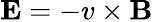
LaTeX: \mathbf{E}=-v\times\mathbf{B}